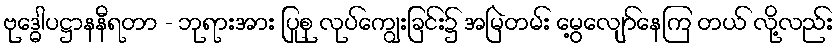
ဗုဒ္ဓေါပဋ္ဌာနနီရတာ - ဘုရားအား ပြုစု လုပ်ကျွေးခြင်း၌ အမြဲတမ်း မွေ့လျော်နေကြ တယ် လို့လည်း